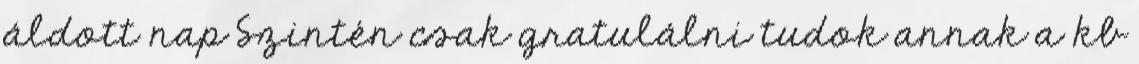
áldott nap Szintén csak gratulálni tudok annak a kb